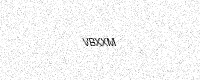
Text: VBXXM